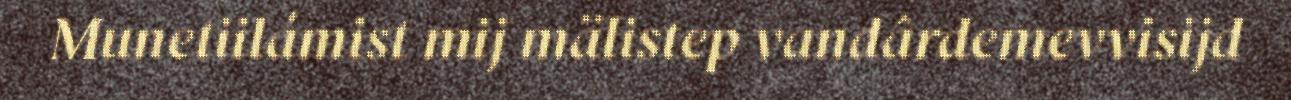
Munetiilámist mij mälistep vandârdemevvisijd